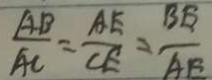
\frac { A B } { A C } = \frac { A E } { C E } = \frac { B E } { A E }